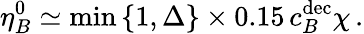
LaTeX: \eta_{B}^{0}\simeq\textrm{min}\left\{ 1,\Delta\right\} \times 0.15\, c_{B}^{\mathrm{dec}}\chi\, .